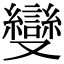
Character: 𠮓